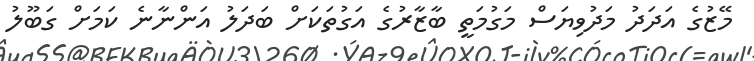
މޭޒުގެ އަދަދު މަދުވިޔަސް މަގުމަތީ ބާޒާރުގެ އަގުތަކަށް ބަދަލު އަންނާނެ ކަމަށް ގަބޫލު